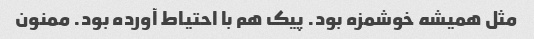
مثل همیشه خوشمزه بود. پیک هم با احتیاط آورده بود. ممنون